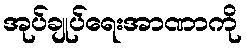
အုပ်ချုပ်ရေးအာဏာကို